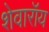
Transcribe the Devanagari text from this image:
शेवारॉय